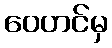
ဝေဟင်မှ